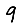
Digit: 9